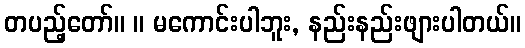
တပည့်တော်။ ။ မကောင်းပါဘူး, နည်းနည်းဖျားပါတယ်။